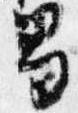
男